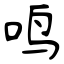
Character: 鸣